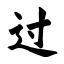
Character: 过